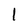
Character: l